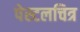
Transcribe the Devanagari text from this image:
पेस्टलचित्र